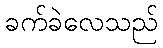
ခက်ခဲလေသည်